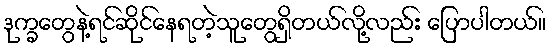
ဒုက္ခတွေနဲ့ရင်ဆိုင်နေရတဲ့သူတွေရှိတယ်လို့လည်း ပြောပါတယ်။